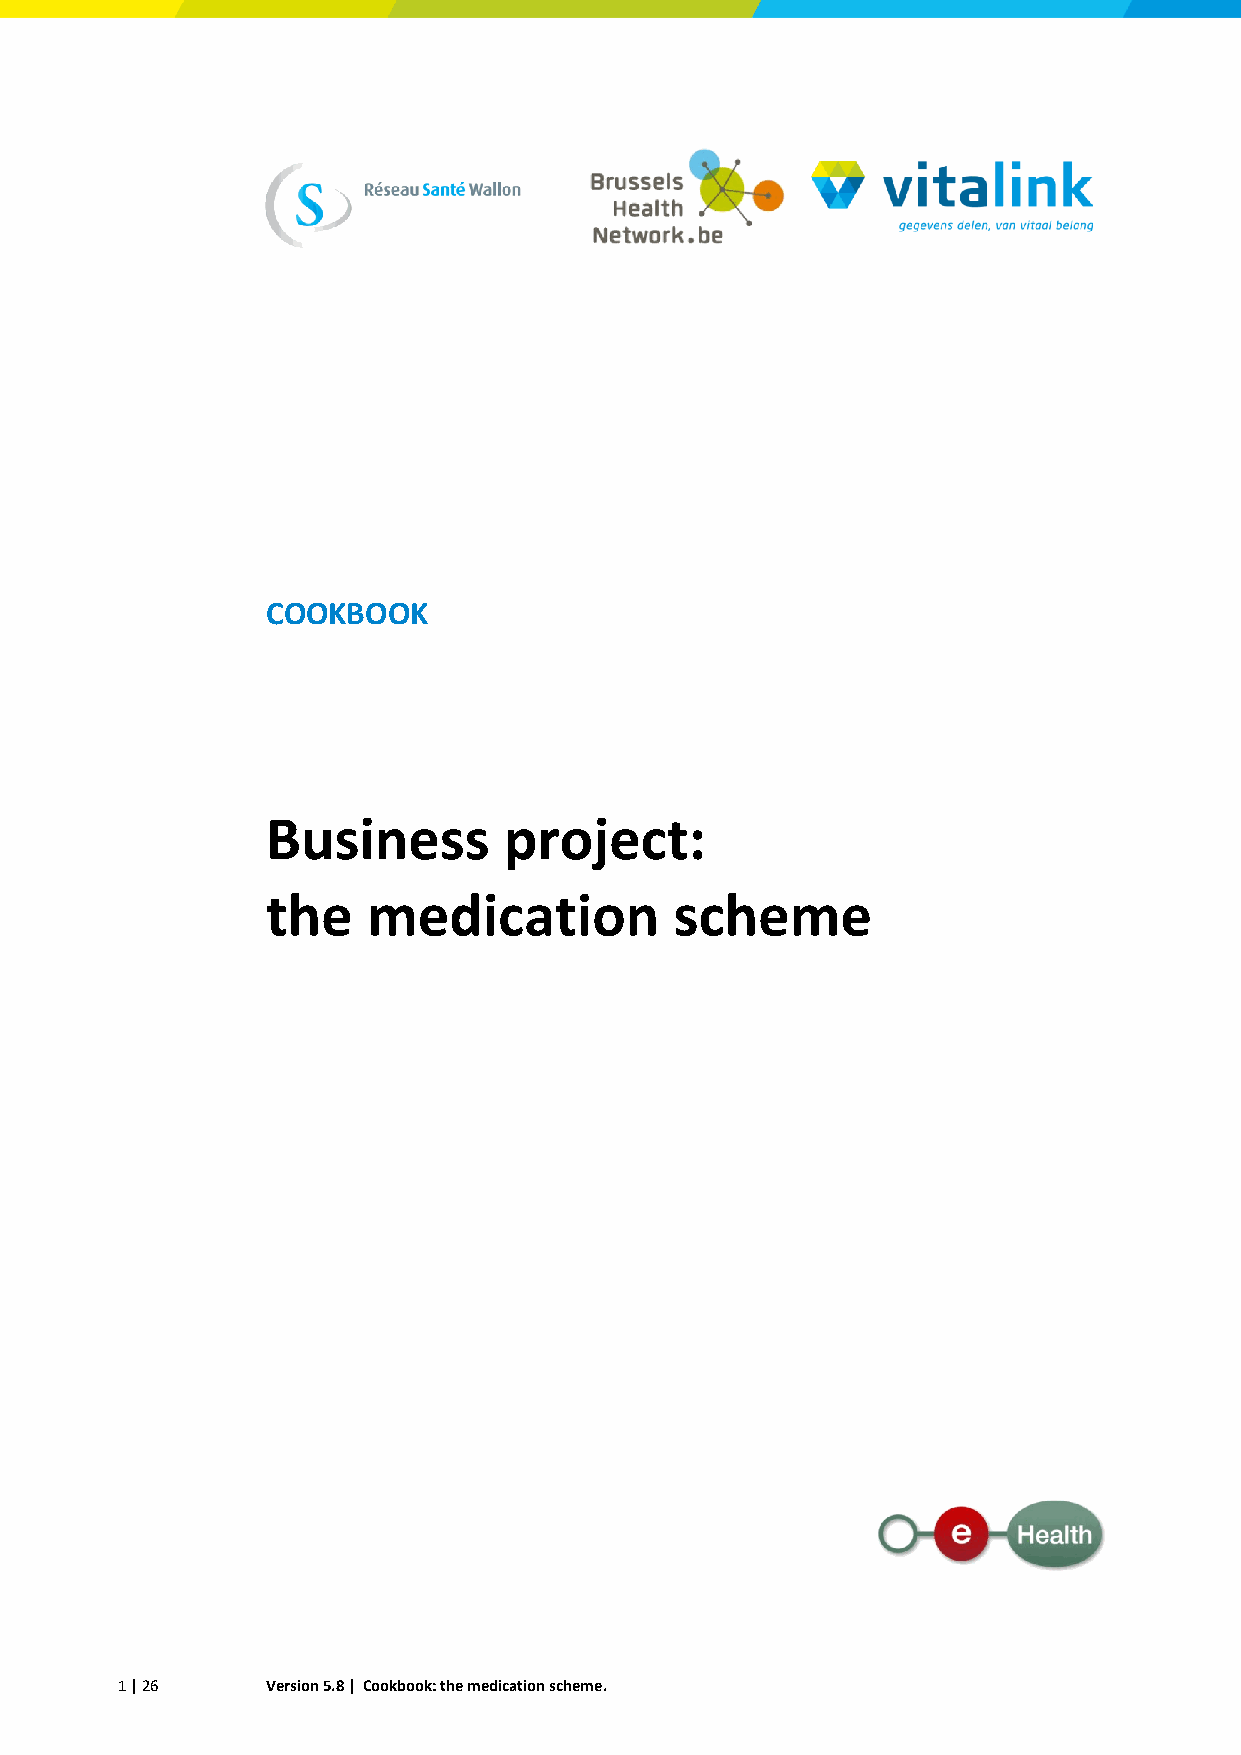
COOKBOOK
 Business       project:
 the   medication           scheme
 Version 5.x
 © VAZG
 1 | 26    Version 5.8 | Cookbook: the medication scheme.